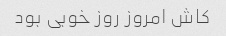
کاش امروز روز خوبی بود